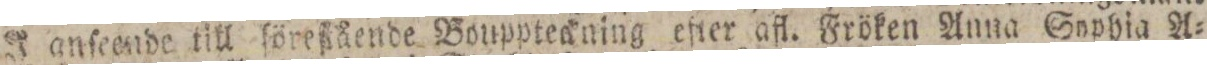
J anſeende till ſöreßående Bouppteaning efter afl. Fröken Anna Sophia A=